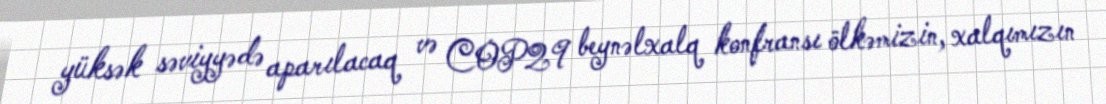
yüksək səviyyədə aparılacaq və COP29 beynəlxalq konfransı ölkəmizin, xalqımızın